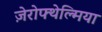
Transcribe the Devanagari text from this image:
ज़ेरोफ्थेल्मिया